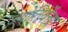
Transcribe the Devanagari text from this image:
ज्योतिर्वेत्ता